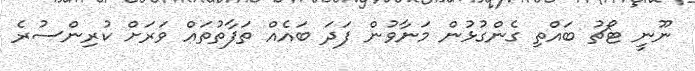
ނޫނީ ޓޯޗު ބައްތި ގެންގުޅުން މަނާވުން ފަދަ ބައެއް ތަފާތުތައް ވަރަށް ކުރިންސުރެ